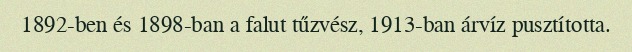
1892-ben és 1898-ban a falut tűzvész, 1913-ban árvíz pusztította.